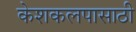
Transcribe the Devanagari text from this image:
केशकलपासाठी